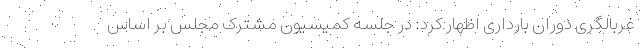
غربالگری دوران بارداری اظهار کرد: در جلسه کمیسیون مشترک مجلس بر اساس